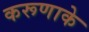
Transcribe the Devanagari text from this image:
करूणाके